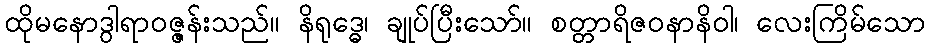
ထိုမနောဒွါရာဝဇ္ဇန်းသည်။ နိရုဒ္ဓေ၊ ချုပ်ပြီးသော်။ စတ္တာရိဇဝနာနိဝါ၊ လေးကြိမ်သော